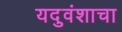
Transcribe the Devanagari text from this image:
यदुवंशाचा